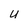
Character: U